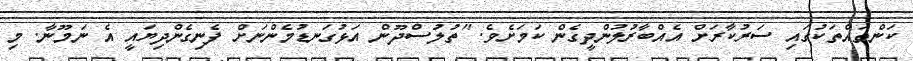
ކަންތައްތަކުގައި ސަރުކާރަށް އެއްބާރުލުންދީގެން ކަމަށެވެ. "ތުލުސްދޫން އަޅުގަނޑުމެންނަށް ފެނިގެންދިޔައީ އެ ނަމޫނާ. މި